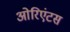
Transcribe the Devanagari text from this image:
ओरिएंटस